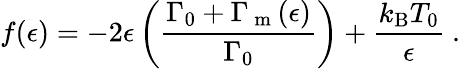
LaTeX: f(\epsilon)=-2\epsilon\left(\frac{\Gamma_{0}+\Gamma_{\mathrm{~m~}}(\epsilon)}{\Gamma_{0}}\right)+\frac{k_{\mathrm{B}}T_{0}}{\epsilon}\mathrm{~.~}